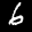
Label: 6